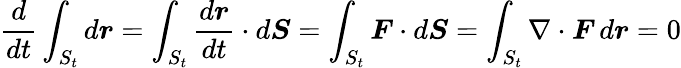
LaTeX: {\frac{d}{dt}}\int_{S_{t}}d{\boldsymbol{r}}=\int_{S_{t}}{\frac{d{\boldsymbol{r}}}{dt}}\cdot d{\boldsymbol{S}}=\int_{S_{t}}{\boldsymbol{F}}\cdot d{\boldsymbol{S}}=\int_{S_{t}}\nabla\cdot{\boldsymbol{F}}\, d{\boldsymbol{r}}=0